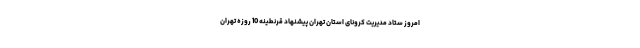
امروز ستاد مدیریت کرونای استان تهران پیشنهاد قرنطینه 10 روزه تهران